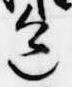
色